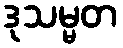
ဒုသမ္မတ